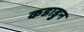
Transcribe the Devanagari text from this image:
कडाडुन